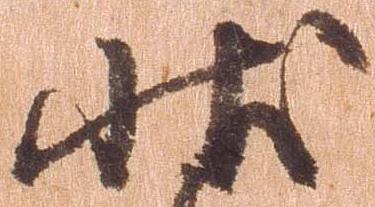
状